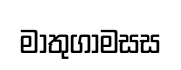
මාතුගාමසස